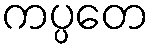
ကပ္ပတေ